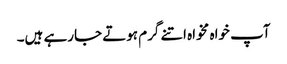
آپ خواہ مخواہ اتنے گرم ہوتے جارہے ہیں۔